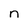
Character: n